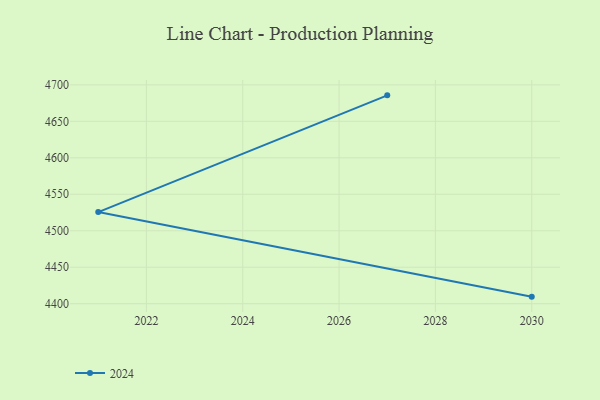
{"axis": {"x": "Year", "y": "Temperature (°C)"}, "legend": ["2024"], "data": [{"x": "2030", "y": 4409.7, "type": "2024"}, {"x": "2021", "y": 4525.6, "type": "2024"}, {"x": "2027", "y": 4685.6, "type": "2024"}]}